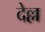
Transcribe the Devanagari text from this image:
देल्ल